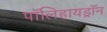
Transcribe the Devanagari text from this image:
पॉलिहायड्रॉन